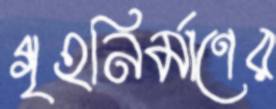
গৃহনির্মাণের